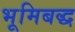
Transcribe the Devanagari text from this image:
भूमिबद्ध